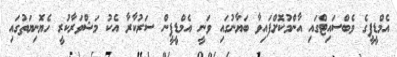
އެމްޑީޕީގެ ވެބްސައިޓްގައި އާންމުކޮށްފައިވާ ބަޔާނުގައި ވަނީ އެމްޑީޕީން ސަރުކާރާ އެކު މަޝްވަރާކުރީ ހެޔޮނިޔަތުގައި